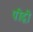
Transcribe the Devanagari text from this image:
पीढ़़ी